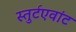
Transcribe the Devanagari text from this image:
स्तुर्टएवांट